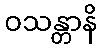
ဝသန္တာနိ